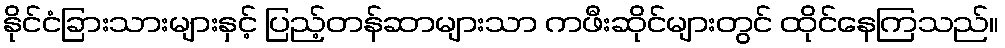
နိုင်ငံခြားသားများနှင့် ပြည့်တန်ဆာများသာ ကဖီးဆိုင်များတွင် ထိုင်နေကြသည်။